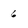
Character: 6